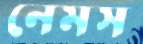
নেমস